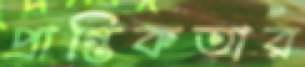
প্রান্তিকতার